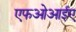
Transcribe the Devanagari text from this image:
एफओआईए